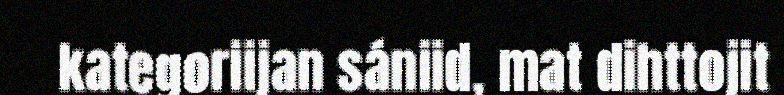
kategoriijan sániid, mat dihttojit